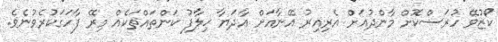
ކޯޒުވޭ ހުރަސްކޮށް މާންދުއަށް އެރިއިރު އޭނާއަށް އާދަޔާ ޚިލާފު ކަންތައްތަކެއް މިރޭ ފާހަގަކުރެވުނެވެ.